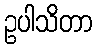
ဥပါသိတာ